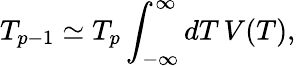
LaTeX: T_{p-1}\simeq T_{p}\int_{-\infty}^{\infty}dT\, V(T),